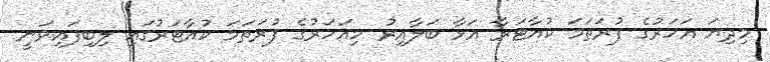
މިދިޔަ އަހަރުގެ ފުރަތަމަ ކުއާޓަރާ އަޅާ ބަލާއިރު މިއަހަރުގެ ފުރަތަމަ ކުއާޓަރުގައި ލިބިފައިވަނީ